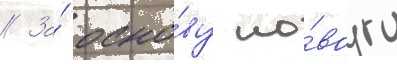
// За́ осно́ву но́вого